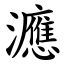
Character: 㶐